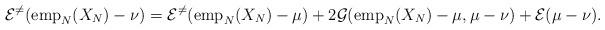
LaTeX: \begin{align*} \mathcal{E}^{\neq}({\rm emp}_{N}(X_{N}) - \nu) = \mathcal{E}^{\neq}({\rm emp}_{N}(X_{N}) - \mu) + 2 \mathcal{G} ({\rm emp}_{N}(X_{N}) - \mu, \mu - \nu) + \mathcal{E} (\mu - \nu). \end{align*}